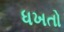
ધખતો